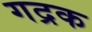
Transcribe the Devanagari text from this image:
गद्रक